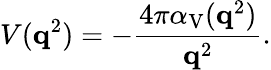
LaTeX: V({\mathbf q}^{2})=-\frac{4\pi\alpha_{\mathrm{V}}({\mathbf q}^{2})}{{\mathbf q}^{2}}.